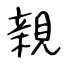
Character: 親